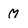
Character: M